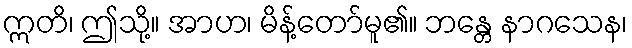
ဣတိ၊ ဤသို့။ အာဟ၊ မိန့်တော်မူ၏။ ဘန္တေ နာဂသေန၊